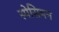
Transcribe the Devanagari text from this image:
स्पेसिमन